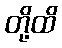
တို့ထိ